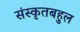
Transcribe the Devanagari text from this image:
संस्कृतबहुल